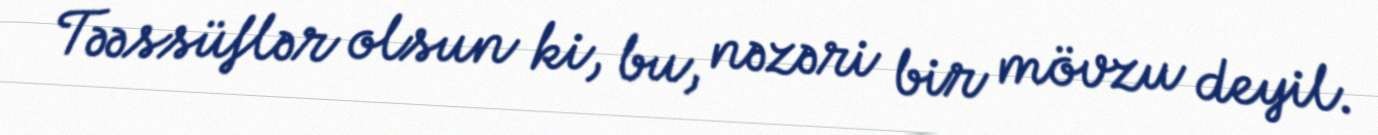
Təəssüflər olsun ki, bu, nəzəri bir mövzu deyil.